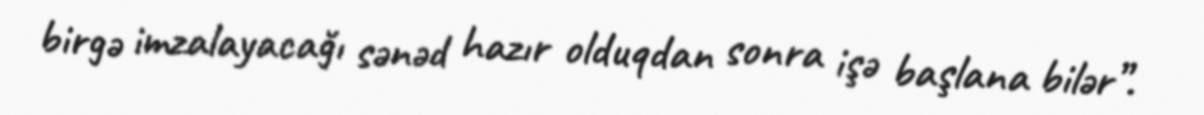
birgə imzalayacağı sənəd hazır olduqdan sonra işə başlana bilər”.